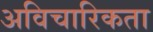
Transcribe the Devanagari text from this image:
अविचारिकता